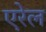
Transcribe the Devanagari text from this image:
एरेल